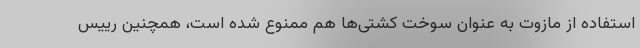
استفاده از مازوت به عنوان سوخت کشتی‌ها هم ممنوع شده است، همچنین رییس